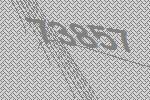
73857